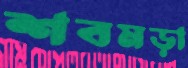
শবমড়া